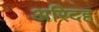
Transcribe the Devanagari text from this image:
अरिदह